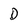
Character: D